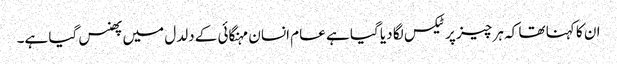
ان کا کہنا تھا کہ ہر چیز پر ٹیکس لگا دیا گیا ہے عام انسان مہنگائی کے دلدل میں پھنس گیا ہے۔